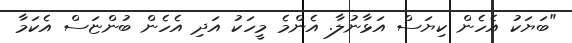
"ބަޔަކު އެހެން ކިޔަސް އަޅާނުލާ. އެންމެ މީހަކު އަދި އެހެން ބުންޏަސް އެކަމާ